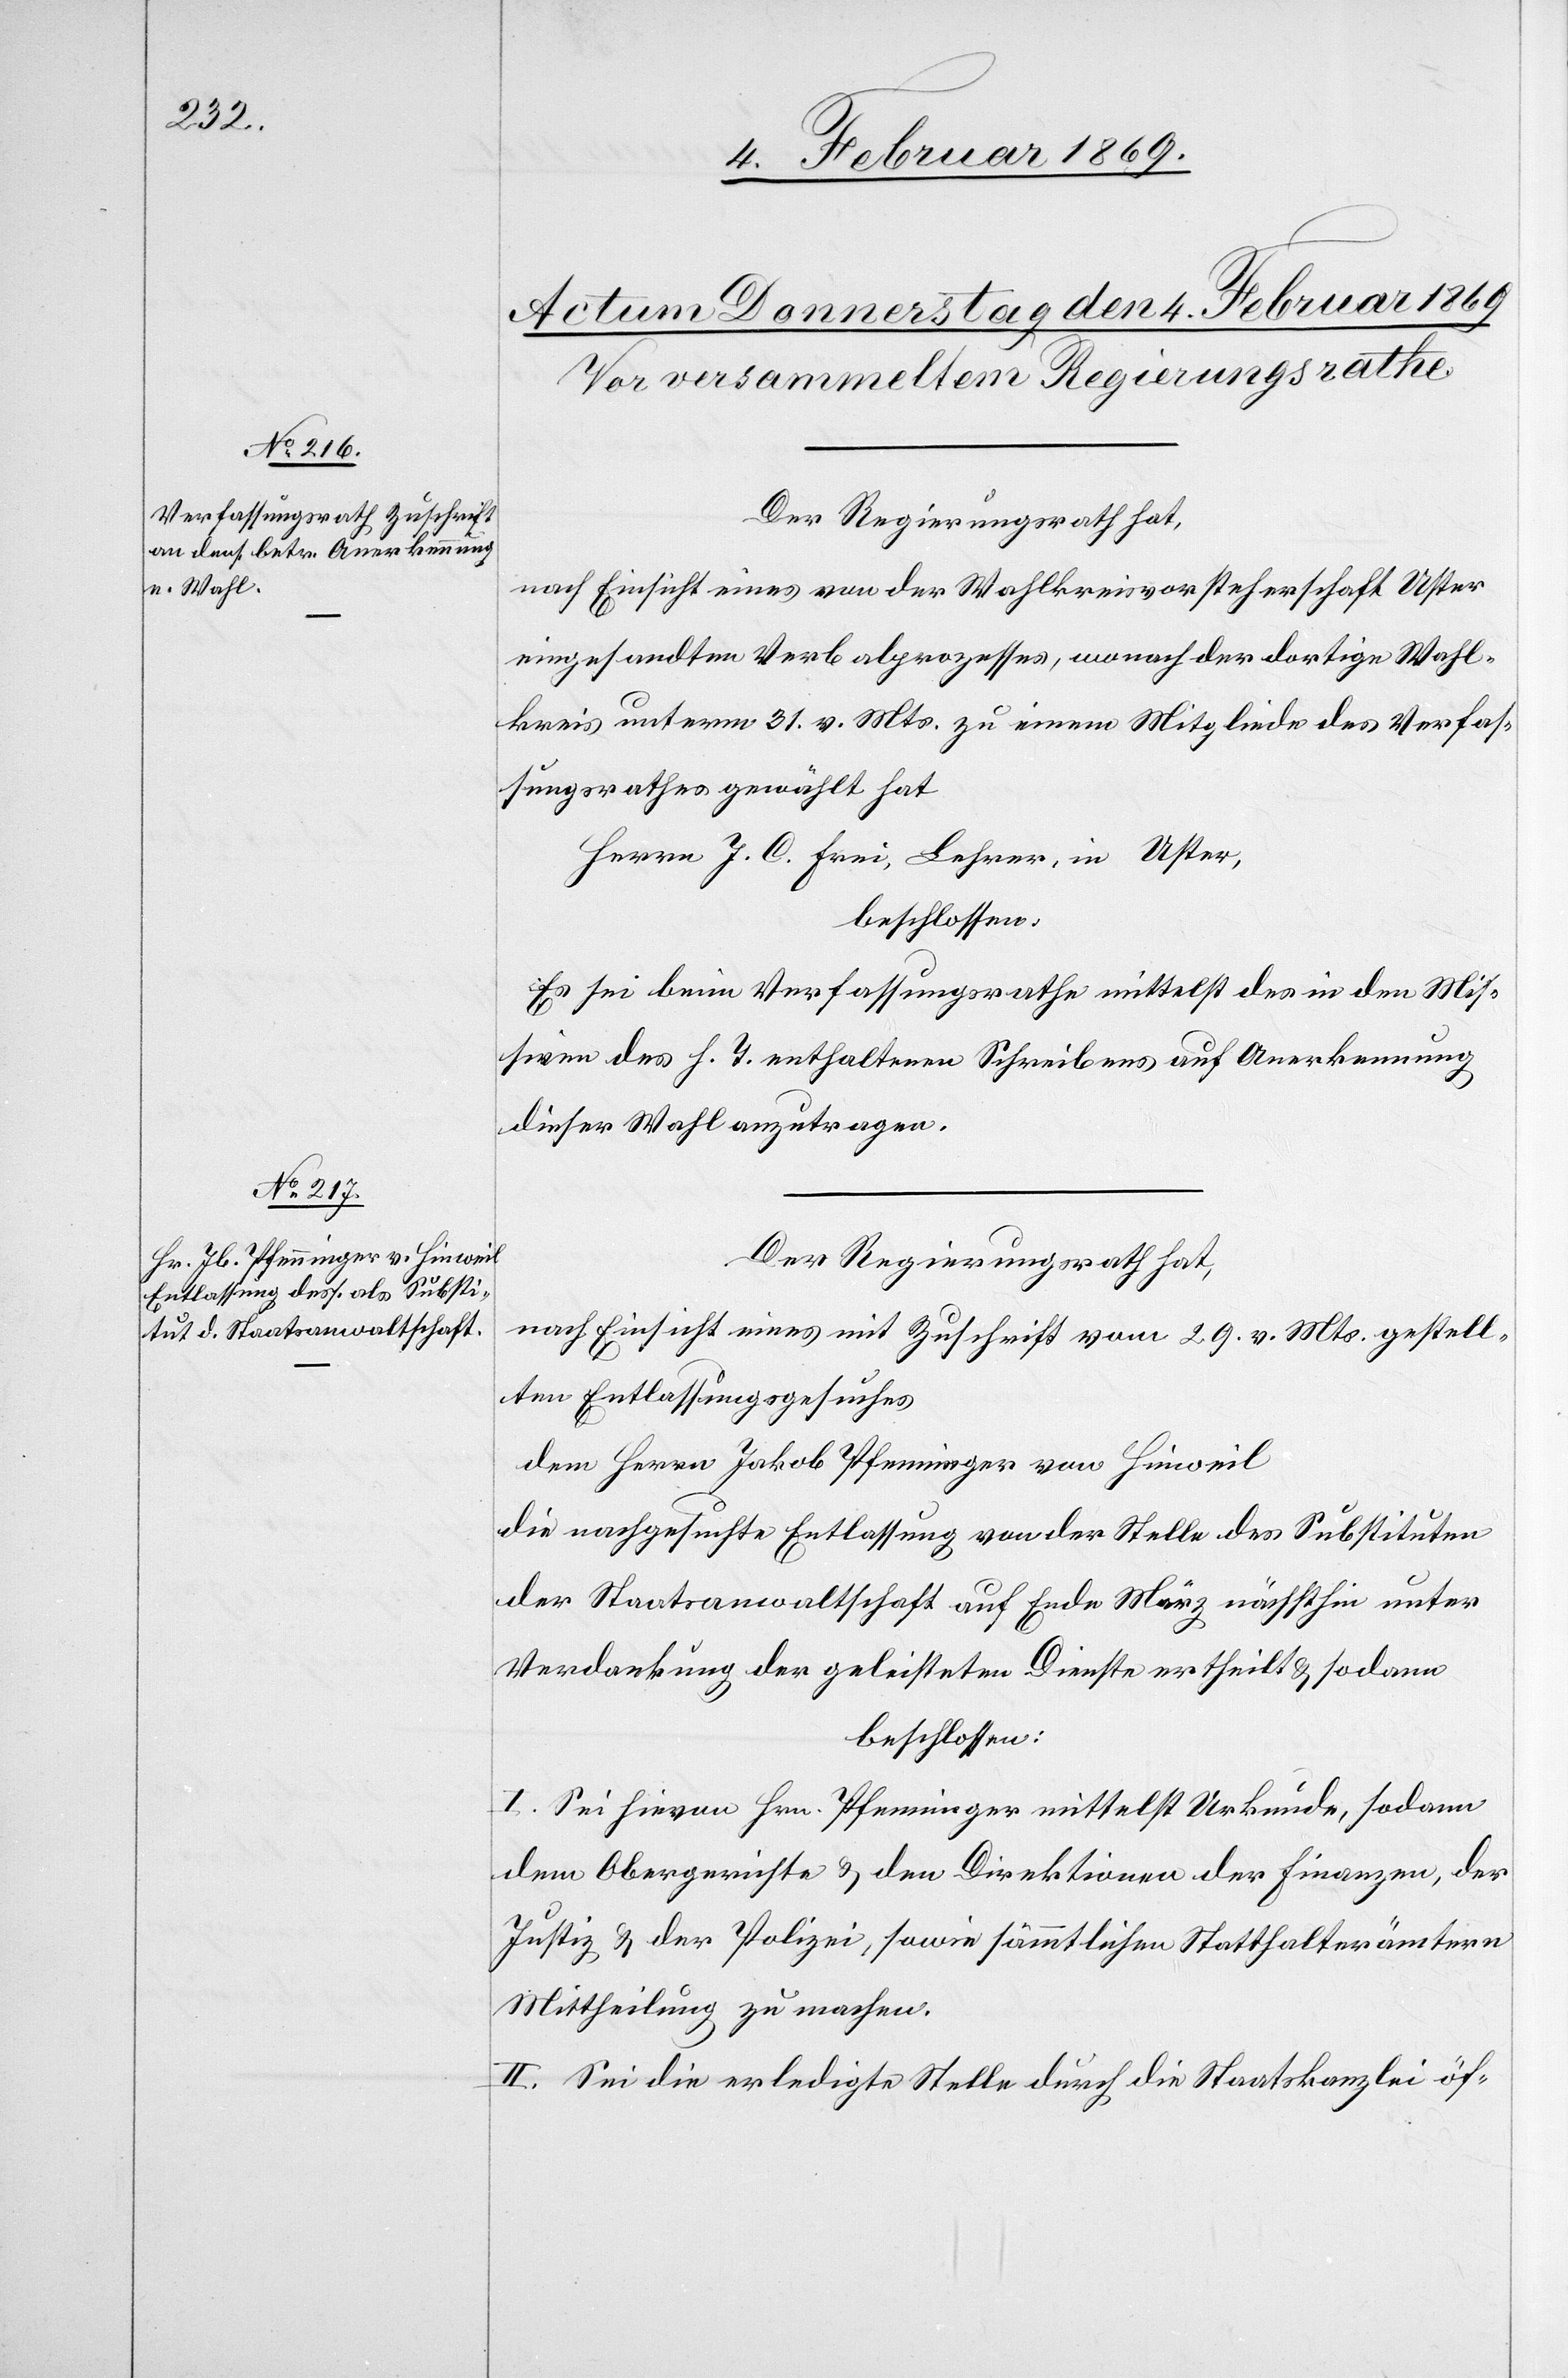
Der Regierungsrath,
nach Einsicht eines von der Wahlkreisvorsteherschaft Uster
eingesandten Verbalprozesses, wonach der dortige Wahl¬
kreis unterm 31. v. Mts. zu einem Mitgliede des Verfas¬
sungsrathes gewählt hat
Herrn J. C. Frei, Lehrer, in Uster,
beschlossen:
Es sei beim Verfassungsrathe mittelst des in den Mis¬
siven des h. T. enthaltenen Schreibens auf Anerkennung
dieser Wahl anzutragen.
Der Regierungsrath hat,
nach Einsicht eines mit Zuschrift vom 29. v. Mts. gestell¬
ten Entlassungsgesuches,
dem Herrn Jakob Pfenninger von Hinweil
die nachgesuchte Entlassung von der Stelle des Substituten
der Staatsanwaltschaft auf Ende März nächsthin unter
Verdankung der geleisteten Dienste ertheilt u. sodann
beschlossen:
I. Sei hievon Hrn. Pfenninger mittelst Urkunde, sodann
dem Obergerichte u. den Direktionen der Finanzen, der
Justiz u. der Polizei, sowie sämmtlichen Statthalterämtern
Mittheilung zu machen.
II. Sei die erledigte Stelle durch die Staatskanzlei öf-